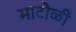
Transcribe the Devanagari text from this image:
माटोळी